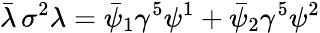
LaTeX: \bar{\lambda}\, \sigma^{2}\lambda=\bar{\psi}_{1}\gamma^{5}\psi^{1}+\bar{\psi}_{2}\gamma^{5}\psi^{2}